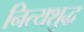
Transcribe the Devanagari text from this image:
नित्यशुद्ध